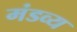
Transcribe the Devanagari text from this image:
मंडव्य